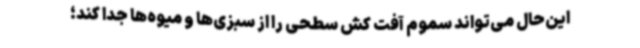
این‌حال می‌تواند سموم آفت کش سطحی را از سبزی‌ها و میوه‌ها جدا کند؛